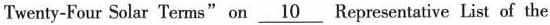
Twenty-Four Solar Terms"on \underline{10} Representative List of the